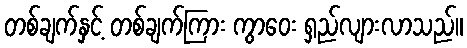
တစ်ချက်နှင့် တစ်ချက်ကြား ကွာဝေး ရှည်လျားလာသည်။